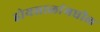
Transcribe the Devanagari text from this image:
होयसाळांमधील